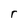
Character: r